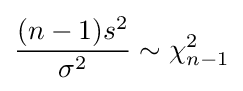
{\frac {(n-1)s^{2}}{\sigma ^{2}}}\sim \chi _{n-1}^{2}